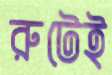
রুটেই